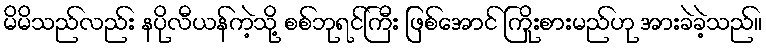
မိမိသည်လည်း နပိုလီယန်ကဲ့သို့ စစ်ဘုရင်ကြီး ဖြစ်အောင် ကြိုးစားမည်ဟု အားခဲခဲ့သည်။